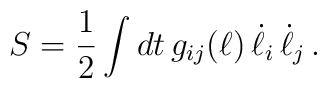
S = {1\over 2} \int dt\, g_{ij}(\ell) \,\dot{\ell}_i \,\dot{\ell}_j \,.